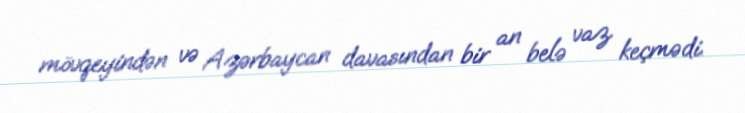
mövqeyindən və Azərbaycan davasından bir an belə vaz keçmədi.